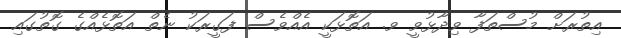
އިތުރަށް މުސްތަފާ ވިދާޅުވީ ވ. އަތޮޅަކީ އެއްވެސް ފަގީރަކު ނެތް އަތޮޅެއްގެ ގޮތުގައި